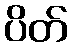
ပိတ်